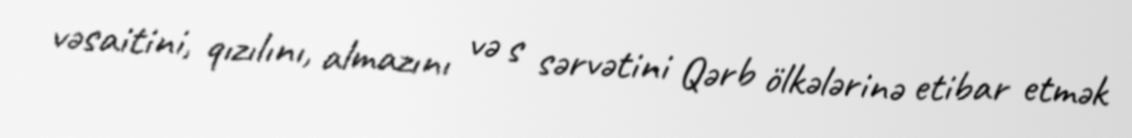
vəsaitini, qızılını, almazını və s sərvətini Qərb ölkələrinə etibar etmək